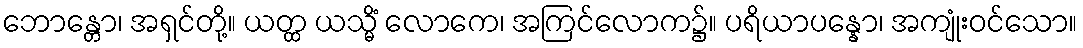
ဘောန္တော၊ အရှင်တို့။ ယတ္ထ ယသ္မိံ လောကေ၊ အကြင်လောက၌။ ပရိယာပန္နော၊ အကျုံးဝင်သော။